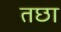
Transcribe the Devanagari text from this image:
तछा